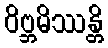
ဝိဗ္ဘမိဿန္တိ